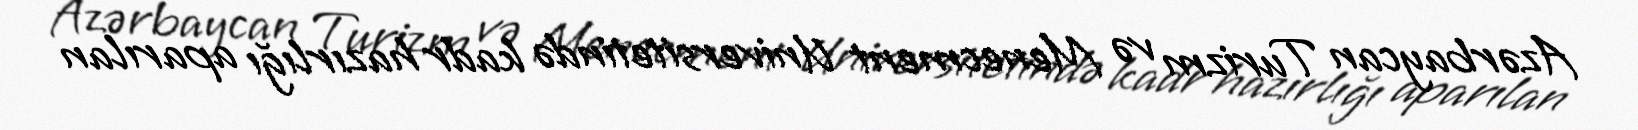
Azərbaycan Turizm və Menecment Universitetində kadr hazırlığı aparılan